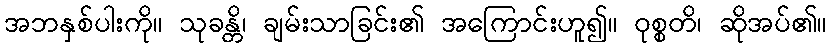
အဘနှစ်ပါးကို။ သုခန္တိ၊ ချမ်းသာခြင်း၏ အကြောင်းဟူ၍။ ဝုစ္စတိ၊ ဆိုအပ်၏။